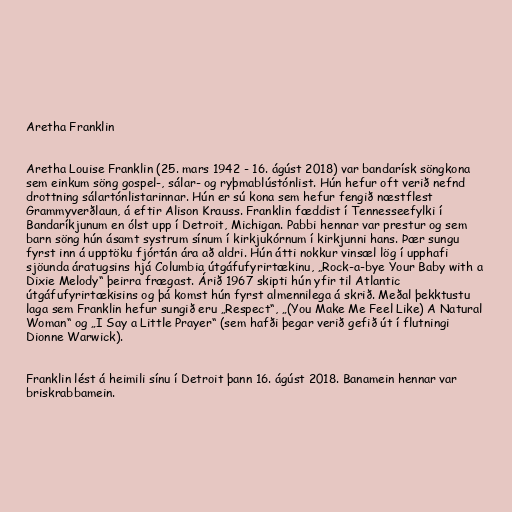
Aretha Franklin

Aretha Louise Franklin (25. mars 1942 - 16. ágúst 2018) var bandarísk söngkona
sem einkum söng gospel-, sálar- og ryþmablústónlist. Hún hefur oft verið nefnd
drottning sálartónlistarinnar. Hún er sú kona sem hefur fengið næstflest
Grammyverðlaun, á eftir Alison Krauss. Franklin fæddist í Tennesseefylki í
Bandaríkjunum en ólst upp í Detroit, Michigan. Pabbi hennar var prestur og sem
barn söng hún ásamt systrum sínum í kirkjukórnum í kirkjunni hans. Þær sungu
fyrst inn á upptöku fjórtán ára að aldri. Hún átti nokkur vinsæl lög í upphafi
sjöunda áratugsins hjá Columbia útgáfufyrirtækinu, „Rock-a-bye Your Baby with a
Dixie Melody“ þeirra frægast. Árið 1967 skipti hún yfir til Atlantic
útgáfufyrirtækisins og þá komst hún fyrst almennilega á skrið. Meðal þekktustu
laga sem Franklin hefur sungið eru „Respect“, „(You Make Me Feel Like) A Natural
Woman“ og „I Say a Little Prayer“ (sem hafði þegar verið gefið út í flutningi
Dionne Warwick).

Franklin lést á heimili sínu í Detroit þann 16. ágúst 2018. Banamein hennar var
briskrabbamein.